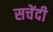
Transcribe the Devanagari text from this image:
सचेंदी